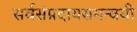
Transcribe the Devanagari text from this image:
सर्वसंप्रदायसमन्वयी